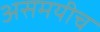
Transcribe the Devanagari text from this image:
असमयीच